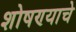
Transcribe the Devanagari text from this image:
शोषण्याचे